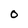
Character: O